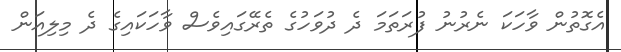
އެގޮތުން ވާހަކަ ނެރުނު ފުރަތަމަ ދެ ދުވަހުގެ ތެރޭގައިވެސް ވާހަކައިގެ ދެ މިލިއަން